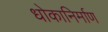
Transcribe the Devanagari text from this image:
धोकानिर्माण